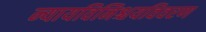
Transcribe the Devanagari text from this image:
न्यायविनिश्चयविवरण